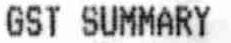
GST SUMMARY